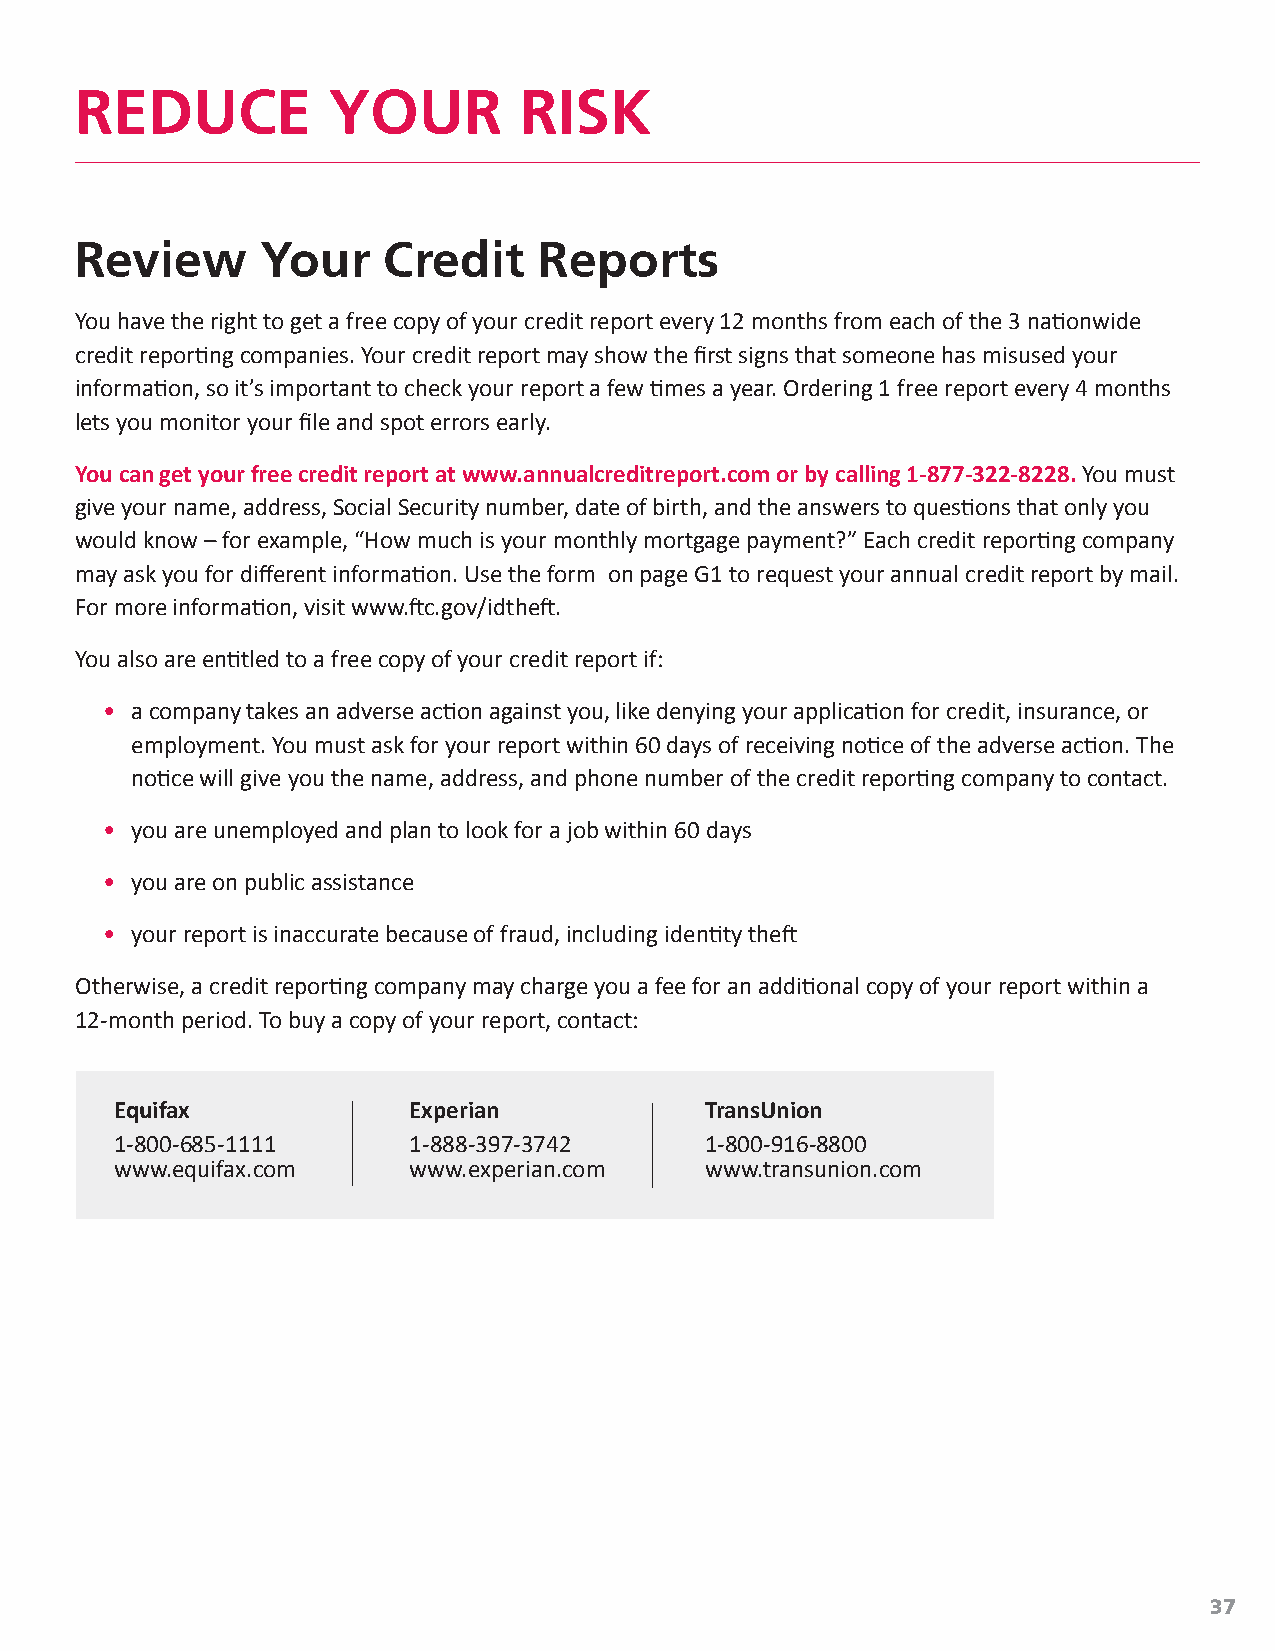
REDUCE           YOUR        RISK
 Review      Your    Credit     Reports
 You have the right to get a free copy of your credit report every 12 months from each of the 3 nationwide
 credit reporting companies. Your credit report may show the first signs that someone has misused your
 information, so it’s important to check your report a few times a year. Ordering 1 free report every 4 months
 lets you monitor your file and spot errors early.
 You can get your free credit report at www.annualcreditreport.com or by calling 1-877-322-8228. You must
 give your name, address, Social Security number, date of birth, and the answers to questions that only you
 would know – for example, “How much is your monthly mortgage payment?” Each credit reporting company
 may ask you for different information. Use the form on page G1 to request your annual credit report by mail.
 For more information, visit www.ftc.gov/idtheft.
 You also are entitled to a free copy of your credit report if:
 • a company takes an adverse action against you, like denying your application for credit, insurance, or
 employment. You must ask for your report within 60 days of receiving notice of the adverse action. The
 notice will give you the name, address, and phone number of the credit reporting company to contact.
 • you are unemployed and plan to look for a job within 60 days
 • you are on public assistance
 • your report is inaccurate because of fraud, including identity theft
 Otherwise, a credit reporting company may charge you a fee for an additional copy of your report within a
 12-month period. To buy a copy of your report, contact:
 Equifax            Experian            TransUnion
 1-800-685-1111     1-888-397-3742      1-800-916-8800
 www.equifax.com    www.experian.com    www.transunion.com
 37